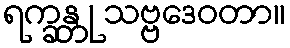
ရက္ခန္တု သဗ္ဗဒေဝတာ။